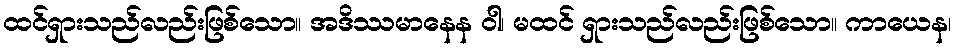
ထင်ရှားသည်လည်းဖြစ်သော။ အဒိဿမာနေန ဝါ၊ မထင် ရှားသည်လည်းဖြစ်သော။ ကာယေန၊